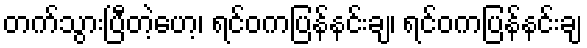
တက်သွားပြီတဲ့ဟေ့၊ ရင်ဝကပြန်နင်းချ၊ ရင်ဝကပြန်နင်းချ